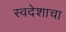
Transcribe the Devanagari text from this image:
स्वदेशाचा